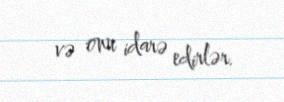
və onu idarə edirlər.